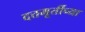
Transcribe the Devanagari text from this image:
दत्तमूर्तीच्या